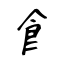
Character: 𩙿